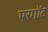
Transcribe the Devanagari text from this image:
एरगॉट